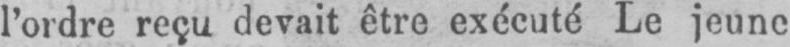
l’ordre reçu devait être exécuté Le jeune